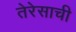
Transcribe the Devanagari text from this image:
तेरेसाची